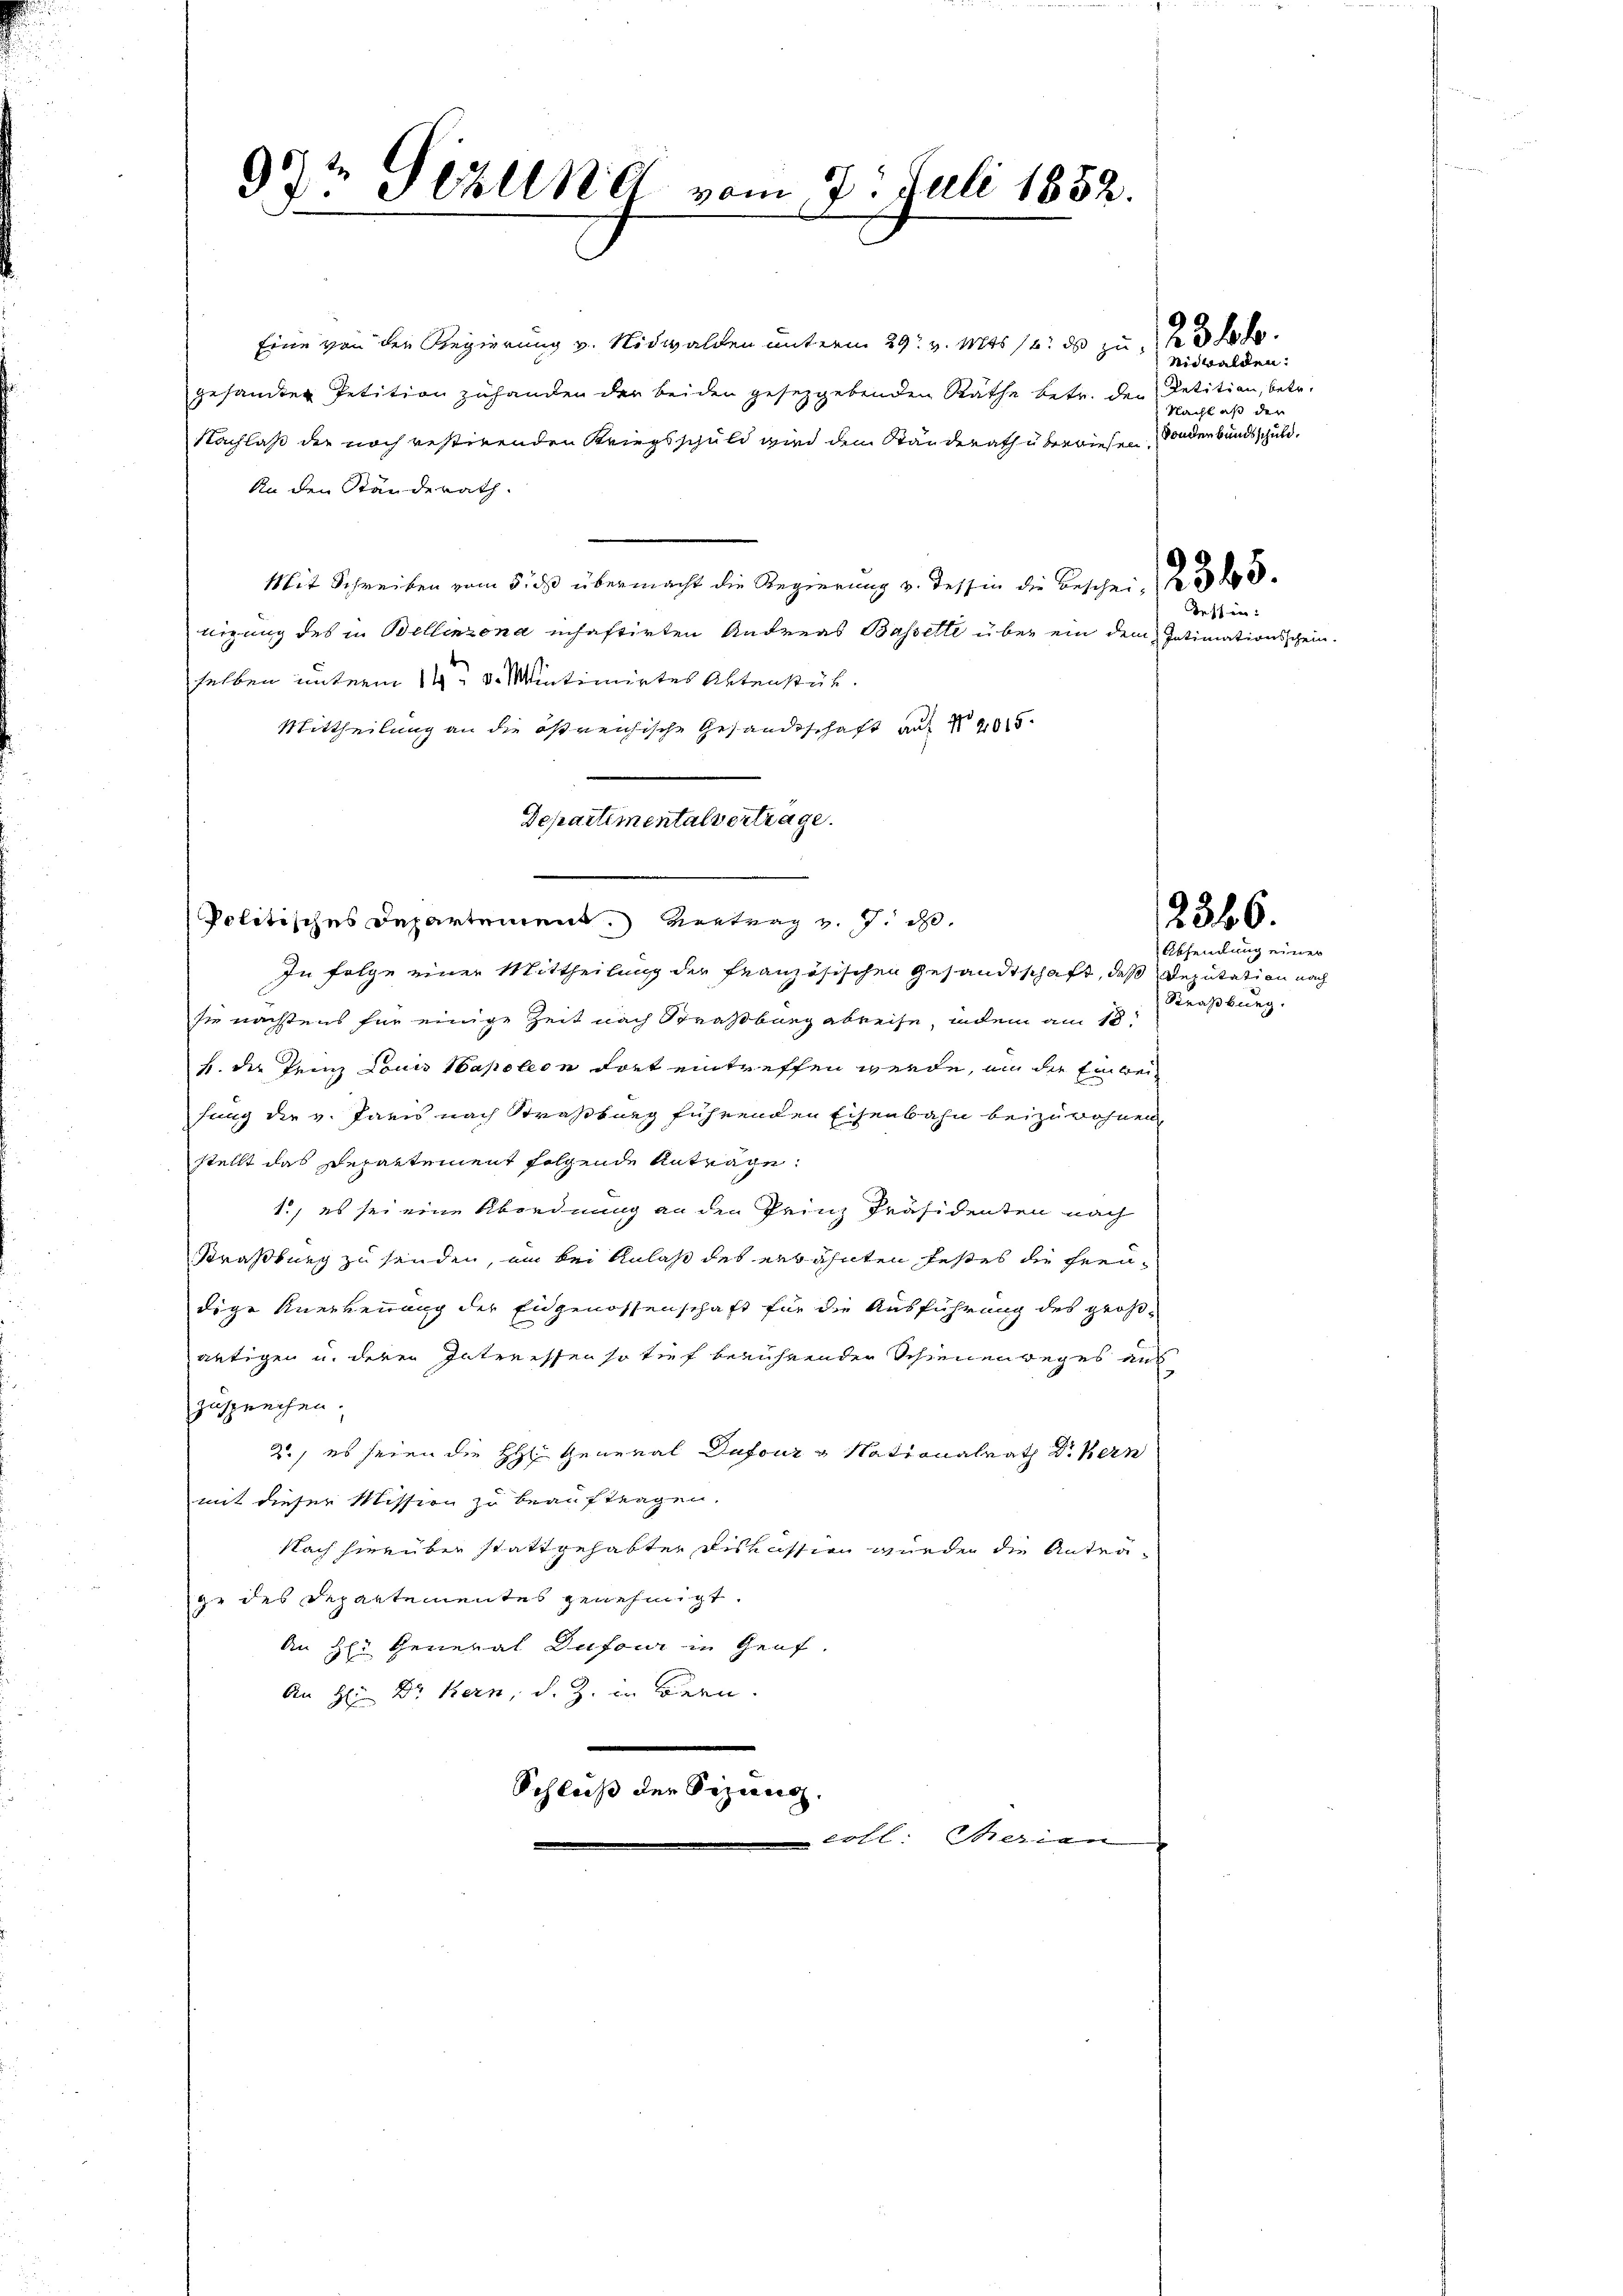
Eine von der Regierung v. Nidwalden unterm 29. v. Mts. 14. ds zu
gesandter Petition zuhanden der beiden gesetzgebenden Rathe betr. den Petition, betr.
Nachlaß der noch restirenden Kriegsschuld wird den Ständerath überwiesen, sonderbundsschuld.
An den Ständerath.
Mit Schreiben vom 5. ds übermacht die Regierung v. Tessin die Beschei- No 23.
nigung des in Bellinzona inhaftirten Andreas Basselte über ein dem Intimationsschein.
selben unterm 14ten d. Mintimirtes Aktenstüh
Mittheilung an die östreichische Gesandtschaft auf 40
Departimentalvertrage.

93t Sellne vom 7. Juli 1852.

Politisches Departement. Vertrag v. J. e
In Folge einer Mittheilung der Französischen Gesandtschaft, daß Deputation nach
sie nächstens für einige Zeit nach Straßburg abreise, indem am 18.
s. der Trinz Louis Napoleon dort eintreffen werde, um die Einbeifung die v. Paris nach Straßburg führenden Eisenbahn beizuwohnen
stellt das Departement folgende Antrage:
1., es sei eine Abordnung an den Prinz Präsidenten nach
Kraßburg zu senden, am bei Anlaß des erwähnten Festes die Freudige Anerkennung der Eidgenossenschaft für die Ausführung des größ-
antigen u. deren Intreissen so tief beruhender Schienen weges auf
zusprechen.
2., es seien die HH General Dufour & Nationalrath Dr. Bern
mit dieser Mission zu beauftragen.
Nach hierüber stattgehabter Diskussion wurde die Antrage des Departementes genehmigt.
An Her General Dufour in Genf.
An H: Dr. Kern, d. Z. in Bern.
Schluß der Sizang.
reten

Nidwalden:
Nachlaß der

Tessin:

Absendung einer
Straßburg.

2366.